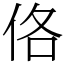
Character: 佫